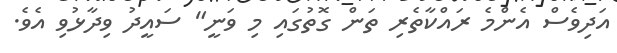
އަދިވެސް އެންމެ ރައްކާތެރި ތަން ގޮތުގައި މި ވަނީ" ސައީދު ވިދާޅުވި އެވެ.